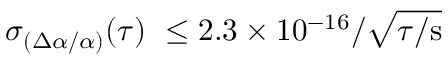
\sigma _ { ( \Delta \alpha / \alpha ) } ( \tau ) ~ \le 2 . 3 \times 1 0 ^ { - 1 6 } / \sqrt { \tau / \mathrm { s } }